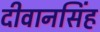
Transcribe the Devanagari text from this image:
दीवानसिंह